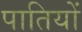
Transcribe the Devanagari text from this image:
पातियों